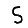
Digit: 5